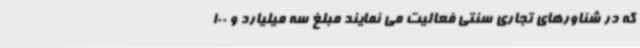
که در شناورهای تجاری سنتی فعالیت می نمایند مبلغ سه میلیارد و 100